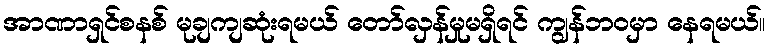
အာဏာရှင်စနစ် မုချကျဆုံးရမယ် တော်လှန်မှုမရှိရင် ကျွန်ဘ၀မှာ နေရမယ်။